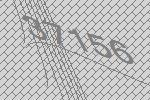
37156